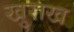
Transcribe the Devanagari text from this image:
खुराख